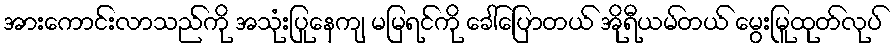
အားကောင်းလာသည်ကို အသုံးပြုနေကျ မမြရင်ကို ခေါ်ပြောတယ် အိုရီယမ်တယ် မွေးမြူထုတ်လုပ်